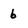
Character: b